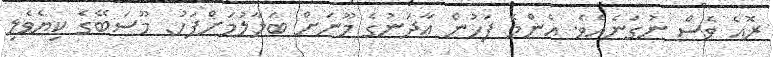
ރޮއެ ވެސް ނުގަނެއެވެ. އެންމެ ފަހުން އާދަނުގެ މޫނަށް ބަލާލުމަށްފަހު